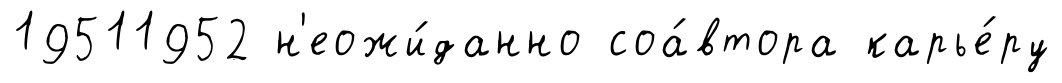
19511952 н'еожи́данно соа́втора карье́ру